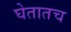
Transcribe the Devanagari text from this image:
घेतातच